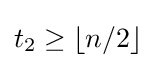
t_{2}\geq \lfloor n/2\rfloor